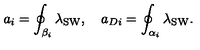
a _ { i } = \oint _ { \beta _ { i } } \lambda _ { \mathrm { S W } } , \quad a _ { D i } = \oint _ { \alpha _ { i } } \lambda _ { \mathrm { S W } } .